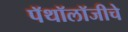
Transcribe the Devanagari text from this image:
पॅथॉलॉजीचे